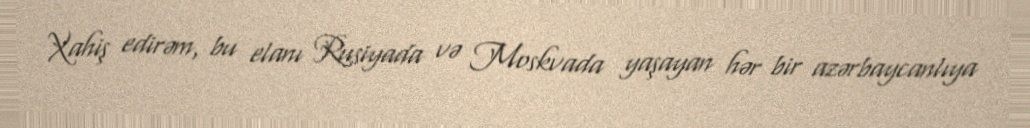
Xahiş edirəm, bu elanı Rusiyada və Moskvada yaşayan hər bir azərbaycanlıya